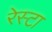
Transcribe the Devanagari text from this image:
रेस्टा